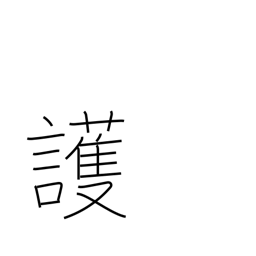
Meaning: safeguard